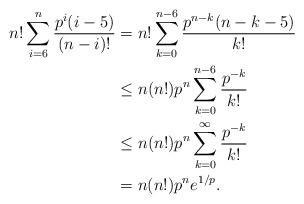
LaTeX: \begin{align*}n! \sum_{i=6}^n \frac{p^i (i-5)}{(n-i)!} &= n!\sum_{k=0}^{n-6} \frac{p^{n-k}(n-k-5)}{k!}\\&\leq n(n!)p^n \sum_{k=0}^{n-6} \frac{p^{-k}}{k!}\\&\leq n(n!)p^n \sum_{k=0}^\infty \frac{p^{-k}}{k!}\\&= n(n!)p^n e^{1/p}.\end{align*}